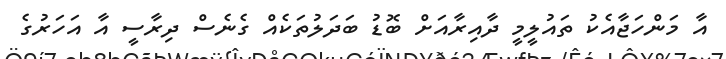
އާ މަންހަޖާއެކު ތައުލީމީ ދާއިރާއަށް ބޮޑު ބަދަލުތަކެއް ގެނެސް ދިރާސީ އާ އަހަރުގެ